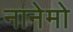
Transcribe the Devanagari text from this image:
नानेमो